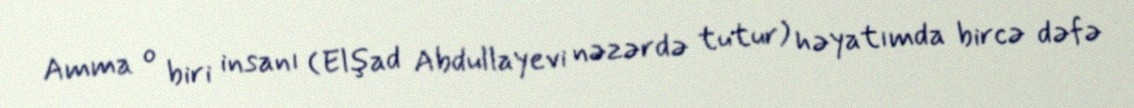
Amma o biri insanı (Elşad Abdullayevi nəzərdə tutur) həyatımda bircə dəfə